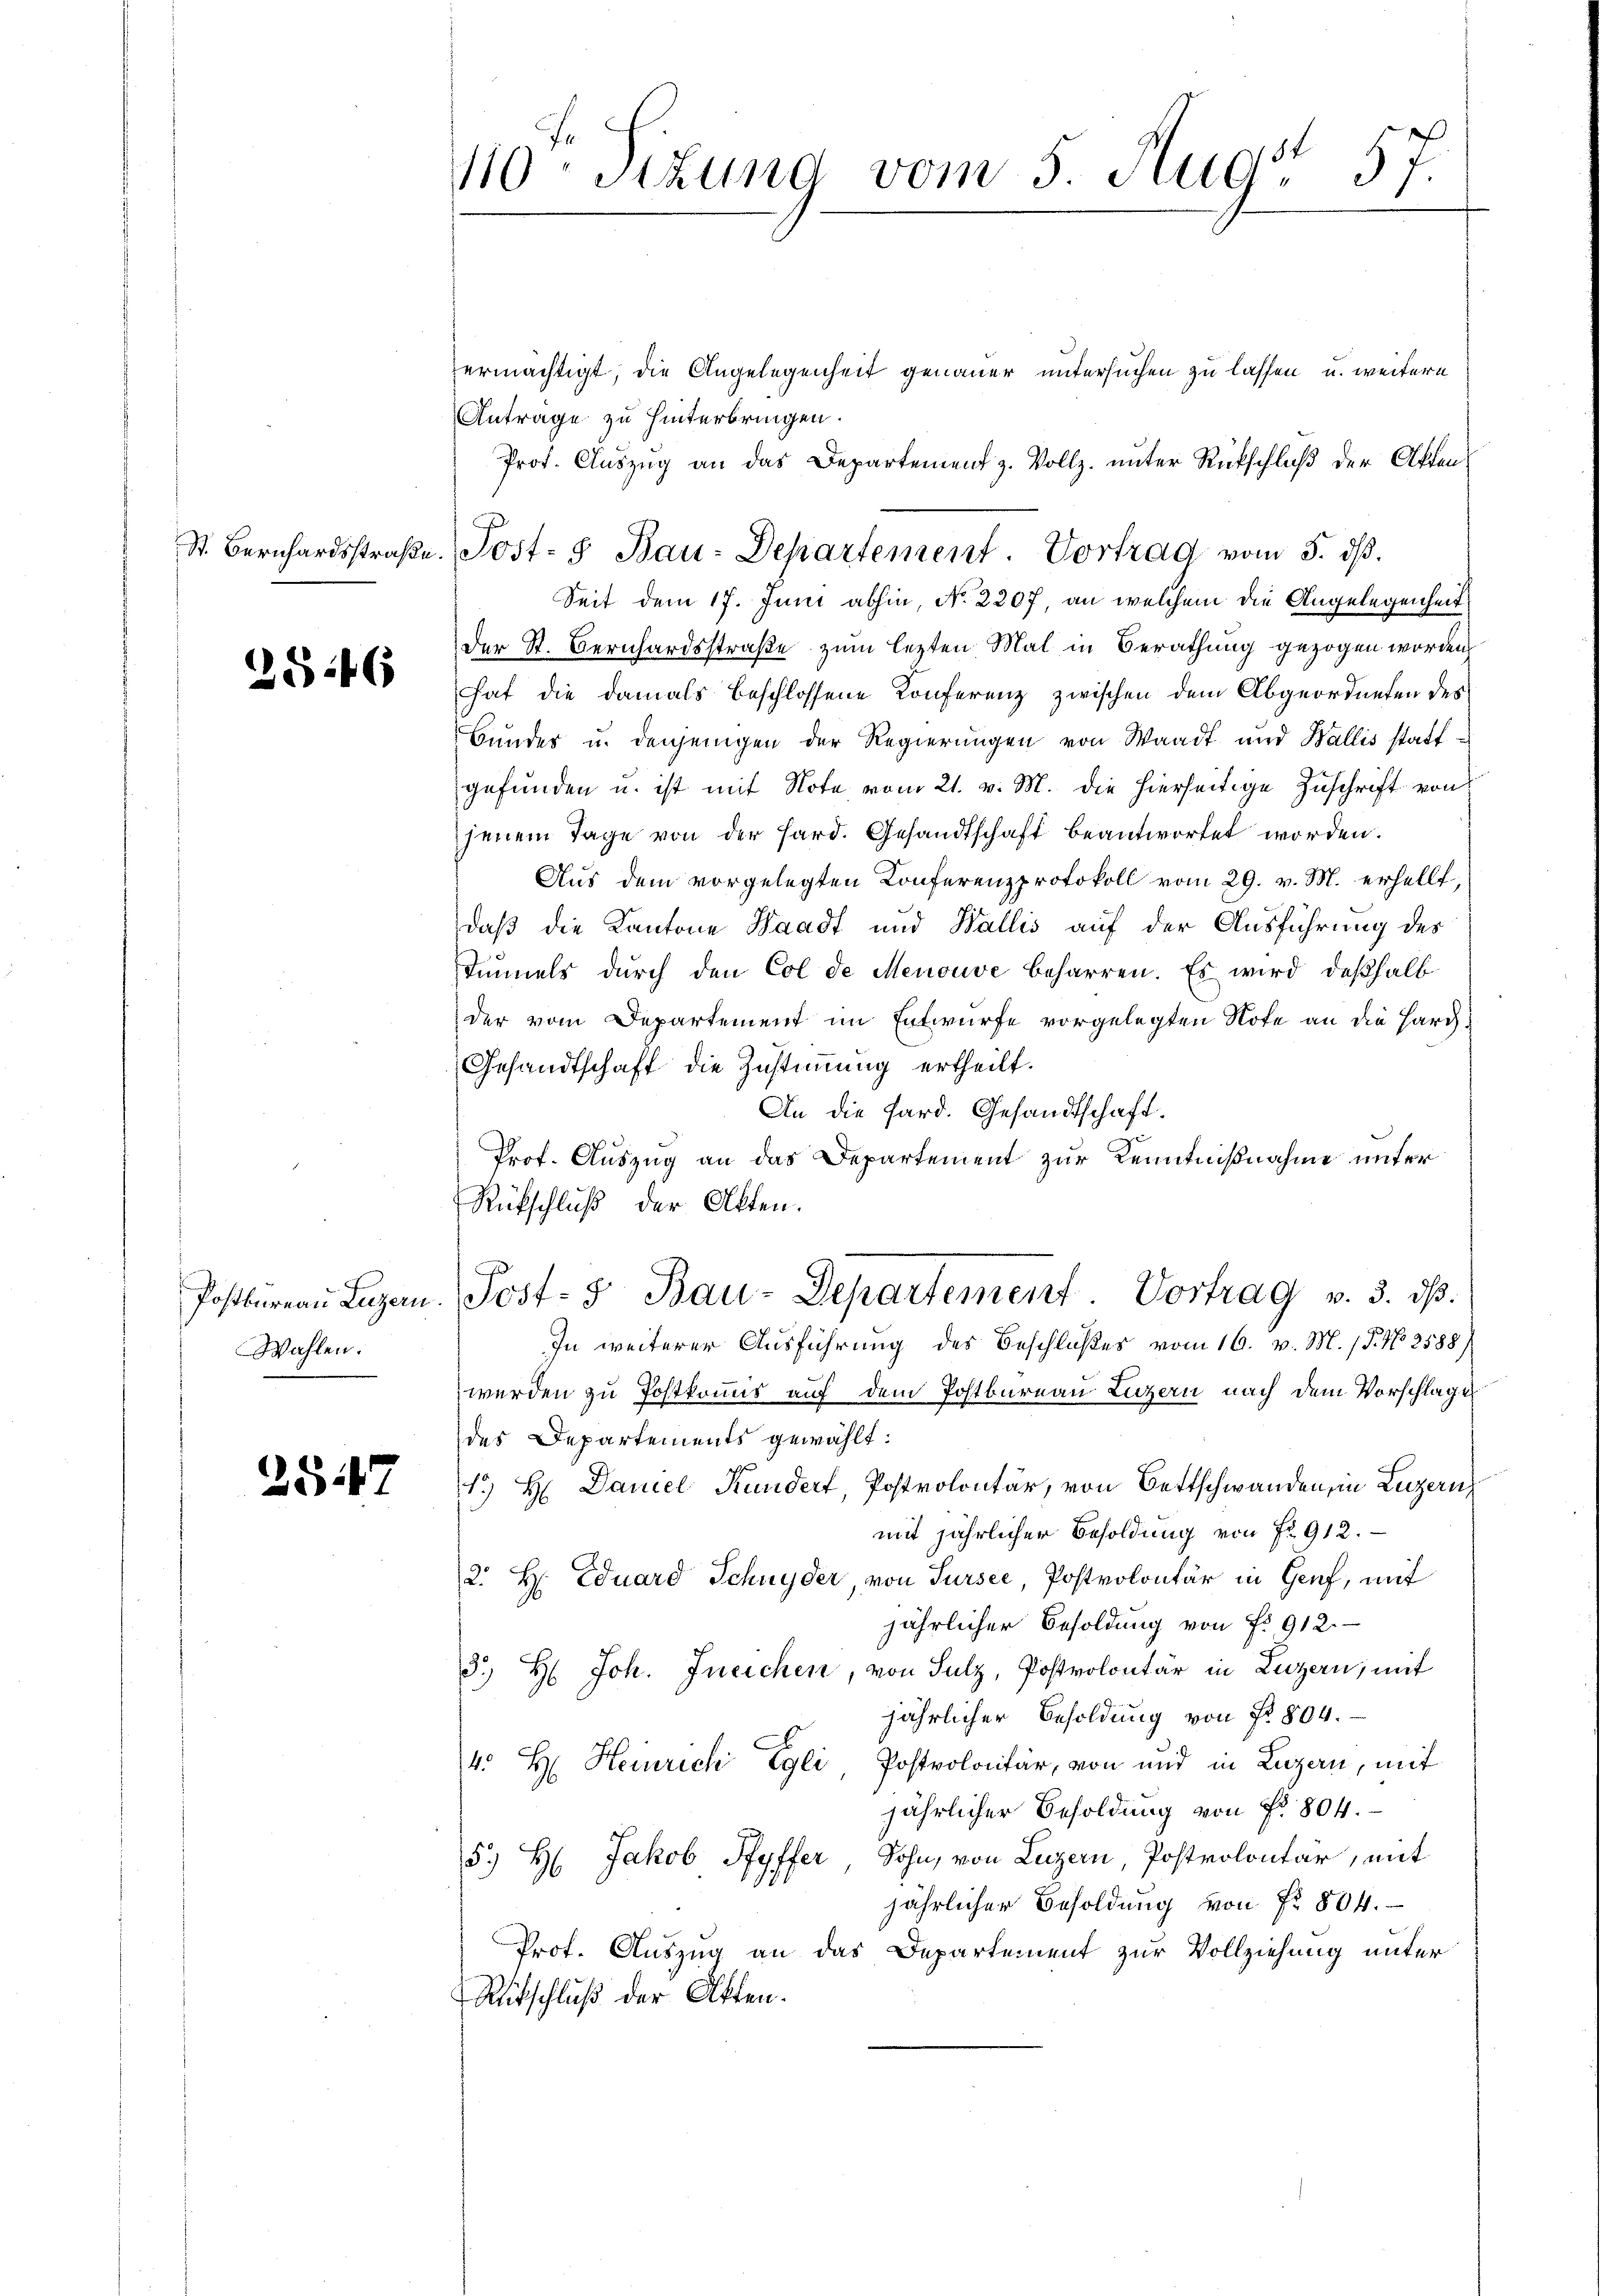
St. Bernhardsstraße.

2846

Postbureau Luzern.
Wahlen.

2547

110. Sitzung vom 5. Aug. 57.

ermächtigt, die Angelegenheit genauer untersuchen zu lassen, u. weitere
Antrage zu hinterbringen.
Prot. Aŭszŭg an das Departement z. Vollz. ŭnter Rückschlŭβ der Akten
Seit dem 17. Juni abhin, No 2307, an welchem die Angelegenheit
Der St. Bernhardsstraße zum lezten Mal in Berathung gezogen worden
hat die damals beschlossene Konferenz zwischen dem Abgeordneten des
Bundes u. denjenigen der Regierungen von Waadt und Wallis stattgefunden u. ist mit Note vom 21. v. M. die hierseitige Zuschrift von
jenem Tage von der Hard. Gesandtschaft beantwortet worden.
Aus dem vorgelegten Konferenzprotokoll vom 29. v. M. erhellt,
daß die Kantone Waadt und Wallis auf der Ausführung des
dinnels dŭrch den Col de Menouve beharren. Es wird deßhalb
der vom Departement im Entwurfe vorgelegten Note an die Hard¬
Gesandtschaft die Zustimmung ertheilt.
An die Sard. Gesandtschaft.
Prof. Auszug an das Departement zur Kenntnißnahme unter
Rückschluß der Akten.
A
Jost- u Bau-Departement Vortrag v. 3. dβ.
In weiterer Ausführung des Beschlußes vom 16. v. M. 18. No 2588/
werden zu Postkommis auf dem Postbureau Luzern nach dem Vorschlagen
des Departements gewählt:
1.) H: Daniel Kundert, Postrolontär, von Bettschwanden, in Luzern,
mit jährlicher Besoldung von Fr. 912.
2. H. Eduard Schnyder, von Sursee, Postvolontär in Genf, mit
jährlicher Besoldung von Fr. 912.
3. H: Joh. Jneichen, von Sulz, Postvolontär in Luzern, mit
jährlicher Besoldung von Nr. 804.
4. H. Heinrich Egli, Postrolontär, von und in Luzern, mit
jährlicher Besoldung von Nr. 804.
5.) Hr. Jakob Syffer, Sohn, von Luzern, Postrolontär, mit
jährlicher Besoldung von Fr. 804.
Prof. Auszug an das Departement zur Vollziehung unter
Ritschluß der Akten.

Post- & Bau-Departement. Vortrag vom 5. ds.